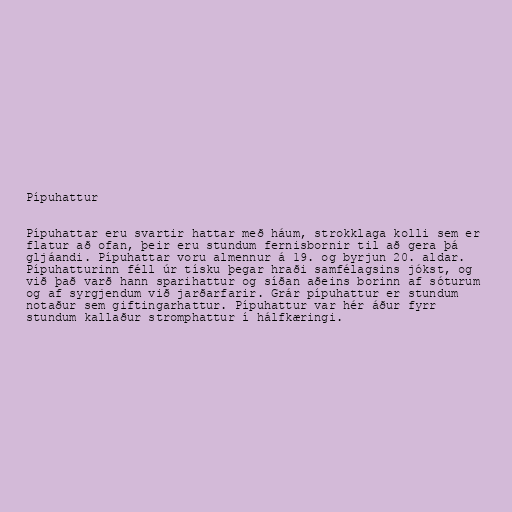
Pípuhattur

Pípuhattar eru svartir hattar með háum, strokklaga kolli sem er
flatur að ofan, þeir eru stundum fernisbornir til að gera þá
gljáandi. Pípuhattar voru almennur á 19. og byrjun 20. aldar.
Pípuhatturinn féll úr tísku þegar hraði samfélagsins jókst, og
við það varð hann sparihattur og síðan aðeins borinn af sóturum
og af syrgjendum við jarðarfarir. Grár pípuhattur er stundum
notaður sem giftingarhattur. Pípuhattur var hér áður fyrr
stundum kallaður stromphattur í hálfkæringi.